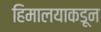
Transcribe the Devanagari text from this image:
हिमालयाकडून